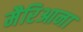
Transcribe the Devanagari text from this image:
मैरिआना